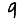
Digit: 9